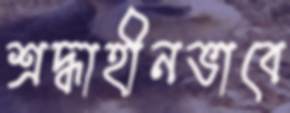
শ্রদ্ধাহীনভাবে